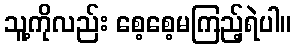
သူ့ကိုလည်း စေ့စေ့မကြည့်ရဲပါ။